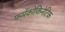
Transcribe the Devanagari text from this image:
फर्मकोकिनेटिक